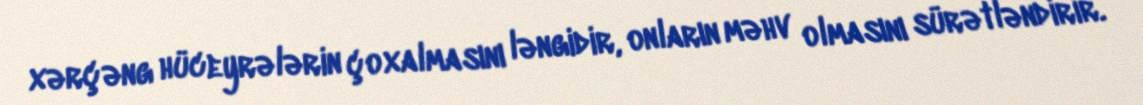
xərçəng hüceyrələrin çoxalmasını ləngidir, onların məhv olmasını sürətləndirir.